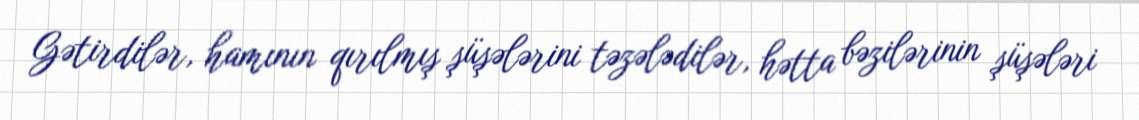
Gətirdilər, hamının qırılmış şüşələrini təzələdilər, hətta bəzilərinin şüşələri